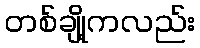
တစ်ချို့ကလည်း